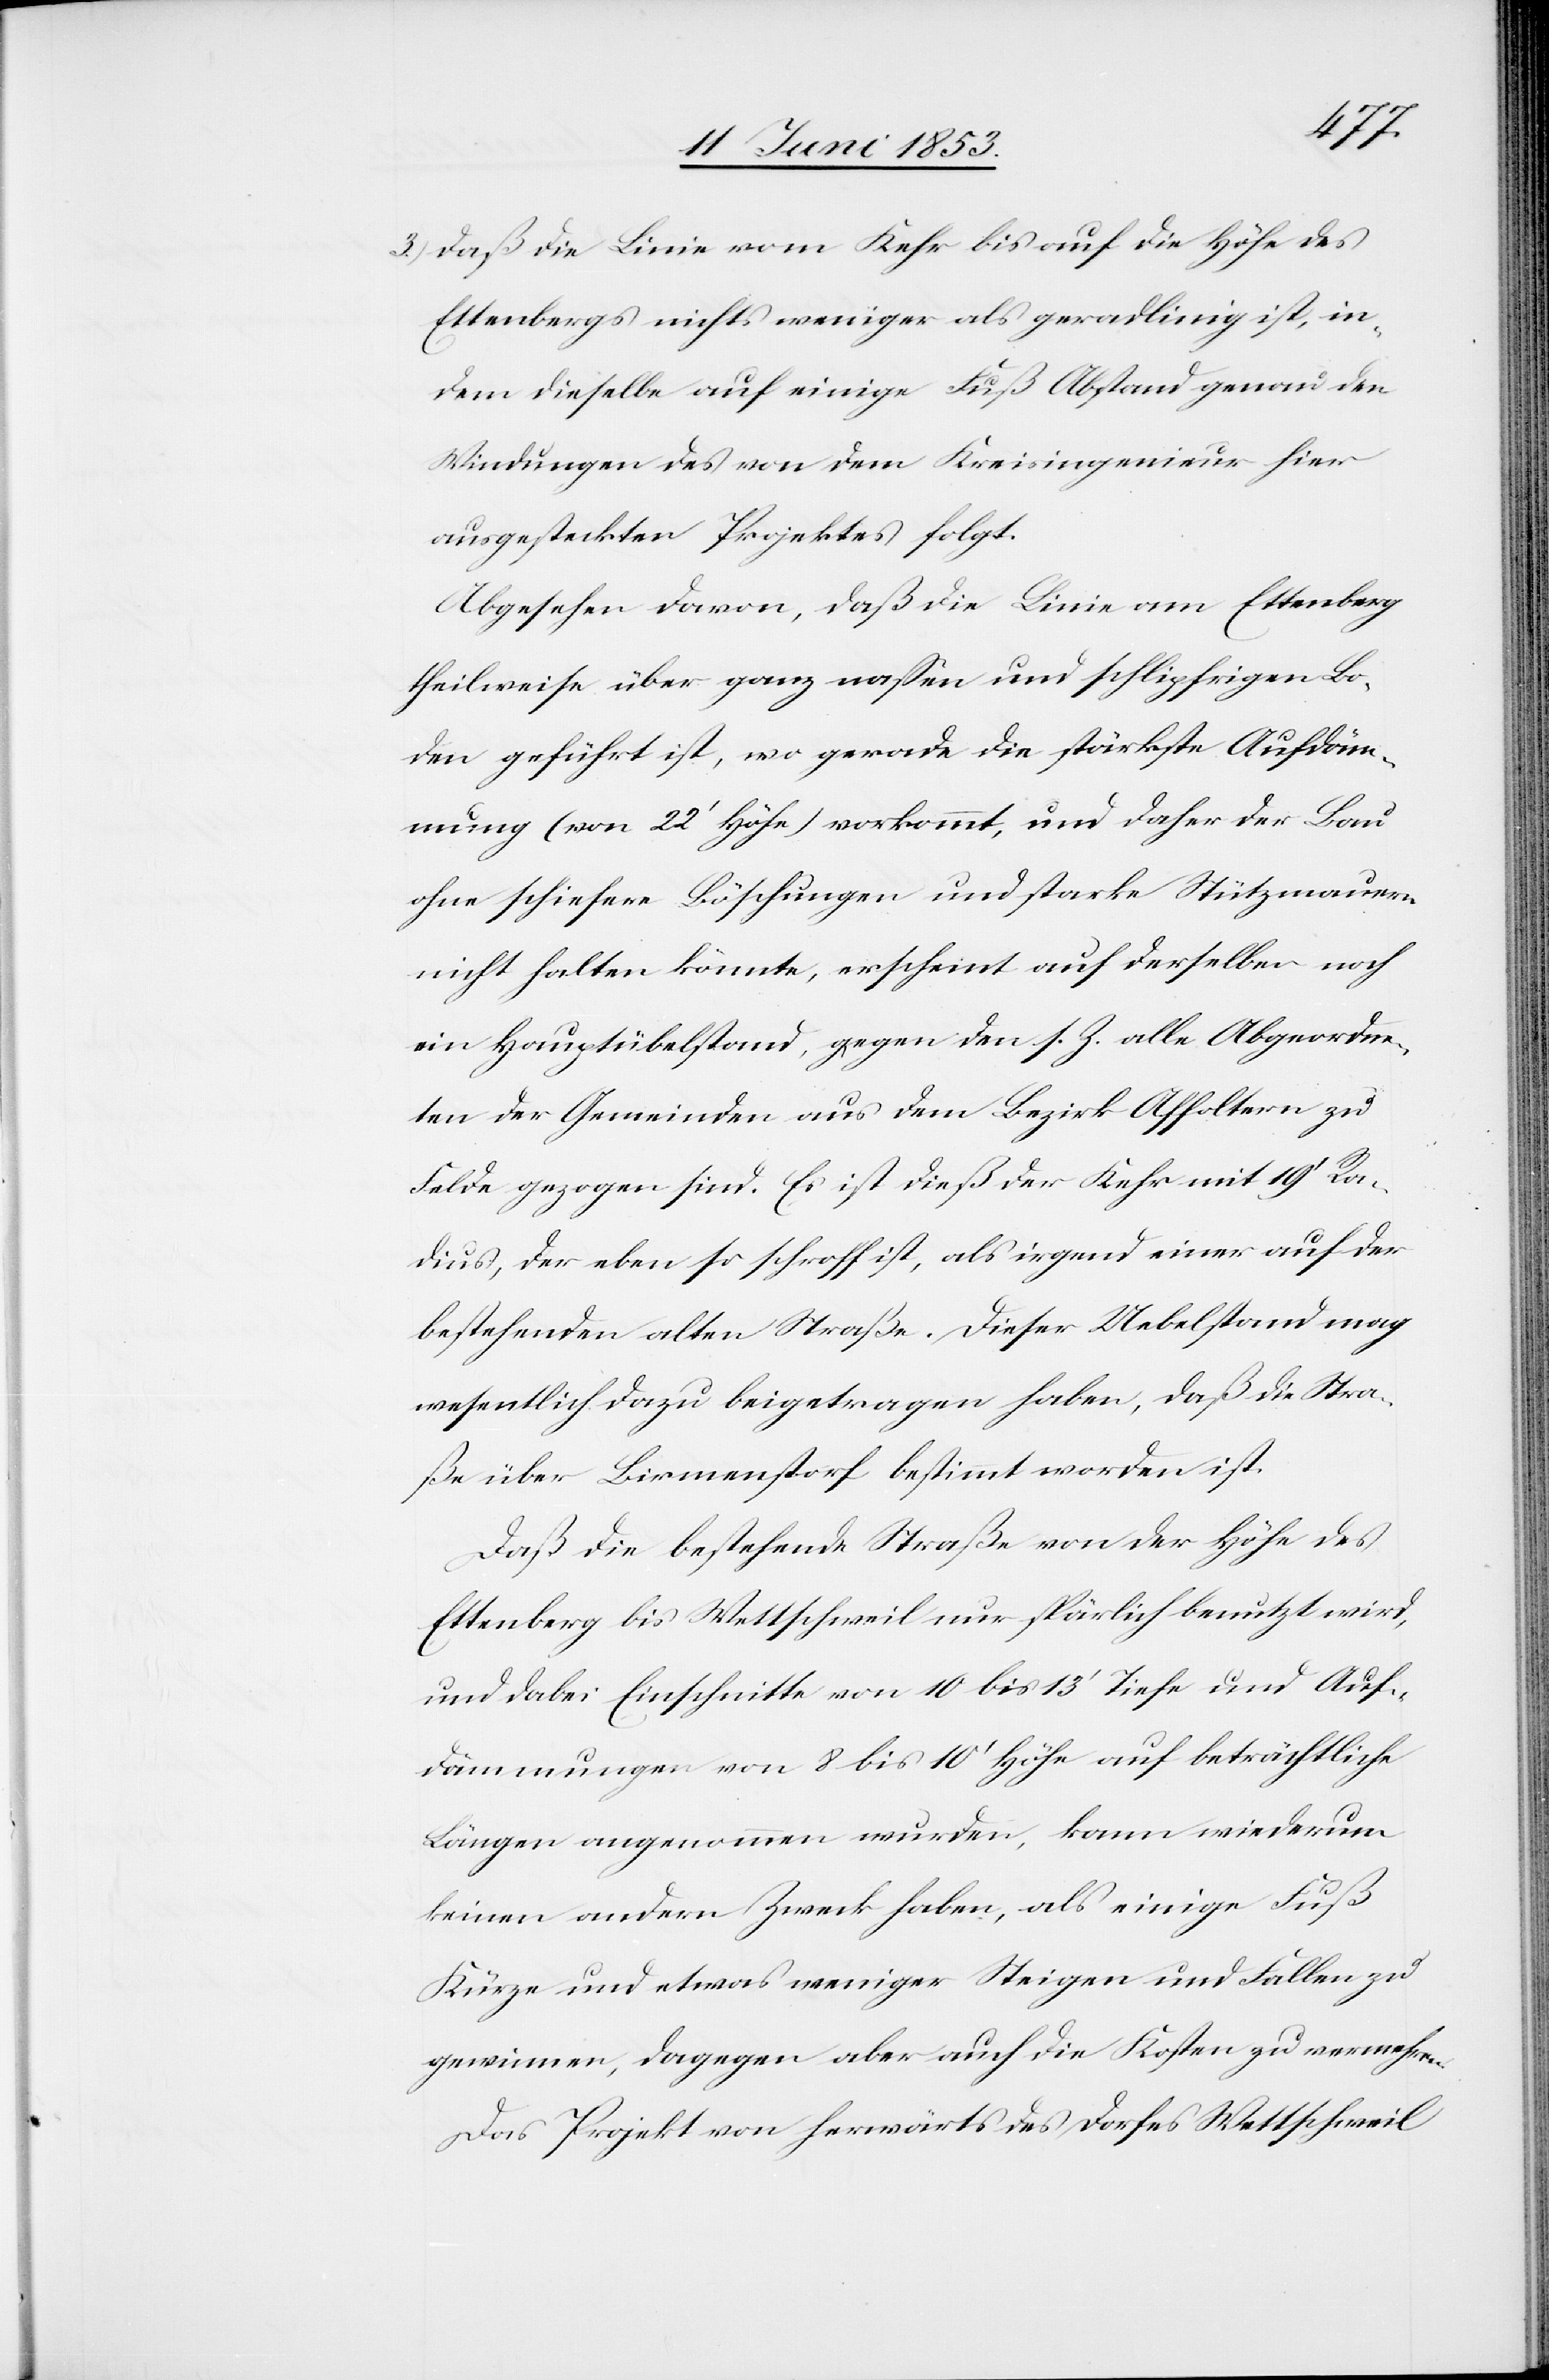
3.) daß die Linie vom Kehr bis auf die Höfe des
Ettenbergs nichts weniger als geradlinig ist, in
dem dieselbe auf einige Fuß Abstand genau den
Windungen des von dem Kreisingenieur hier
ausgesteckten Projektes folgt.
Abgesehen davon, daß die Linie am Ettenberg
theilweise über ganz naßen und schlipfrigen Bo¬
den geführt ist, wo gerade die stärkste Aufdäm¬
mung (von 22’ Höhe) vorkommt, und daher der Bau
ohne schiefere Böschungen und starke Stützmauern
nicht halten könnte, erscheint auf derselben noch
ein Hauptübelstand, gegen den s. Z. alle Abgeordne¬
ten der Gemeinden aus dem Bezirk Affoltern zu
Felde gezogen sind. Es ist dieß der Kehr mit 19’ Ra¬
dius, der eben so schroff ist, als irgend einer auf der
bestehenden alten Straße. Dieser Uebelstand mag
wesentlich dazu beigetragen haben, daß die Stra¬
ße über Birmenstorf bestimmt worden ist.
Daß die bestehende Straße von der Höhe des
Ettenberg bis Wettschweil nur spärlich benutzt wird,
und dabei Einschnitte von 10 bis 13’ Tiefe und Auf¬
dämmungen von 8 bis 10’ Höhe auf beträchtliche
Längen angenommen wurden, kann wiederum
keinen andern Zweck haben, als einige Fuß
Kürze und etwas weniger Steigen und Fallen zu
gewinnen, dagegen aber auch die Kosten zu vermehren.
Das Projekt von herwärts des Dorfes Wettschweil